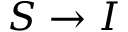
S \rightarrow I